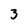
Character: 3